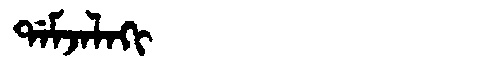
Manchu: ᡩᠠᠮᠵᠠᠯᠠᡴᡳ
Romanization: DAMJALAKI